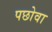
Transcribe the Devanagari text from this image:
पछोवा